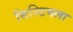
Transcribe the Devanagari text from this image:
सिस्टिमला